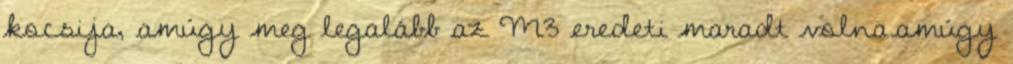
kocsija, amúgy meg legalább az M3 eredeti maradt volna.amúgy